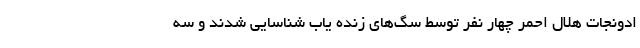
ادونجات هلال احمر چهار نفر توسط سگ‌های زنده یاب شناسایی شدند و سه